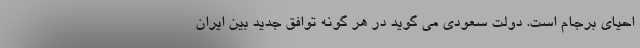
احیای برجام است. دولت سعودی می گوید در هر گونه توافق جدید بین ایران